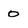
Character: 0